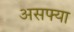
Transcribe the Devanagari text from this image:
असफ्या